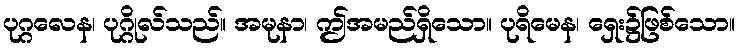
ပုဂ္ဂလေန၊ ပုဂ္ဂိုလ်သည်။ အမုနာ၊ ဤအမည်ရှိသော။ ပုရိမေန၊ ရှေး၌ဖြစ်သော။